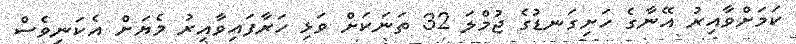
ކަމަށްވާއިރު އޭނާގެ ހަށިގަނޑުގެ ޖުމްލަ 32 ތަނަކަށް ވަޅި ހަރާފައިވާއިރު މެޔަށް އެކަނިވެސް